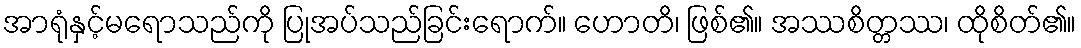
အာရုံနှင့်မရောသည်ကို ပြုအပ်သည်ခြင်းရောက်။ ဟောတိ၊ ဖြစ်၏။ အဿစိတ္တဿ၊ ထိုစိတ်၏။